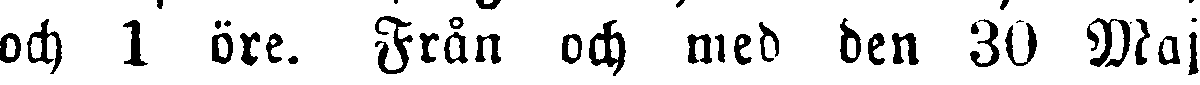
och 1 öre. Från och med den 30 Maj